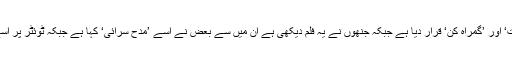
لیکن فلم ناقدین نے اس فلم کو ’بددیانت‘ اور ’گمراہ کن‘ قرار دیا ہے جبکہ جنھوں نے یہ فلم دیکھی ہے ان میں سے بعض نے اسے ’مدح سرائی‘ کہا ہے جبکہ ٹوئٹر پر اسے ’رابطۂ عامہ کی مہم‘ کہا گيا ہے۔